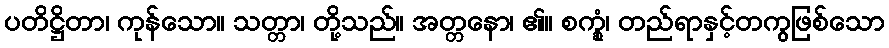
ပတိဋ္ဌိတာ၊ ကုန်သော။ သတ္တာ၊ တို့သည်။ အတ္တနော၊ ၏။ စက္ခုံ၊ တည်ရာနှင့်တကွဖြစ်သော